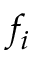
f _ { i }